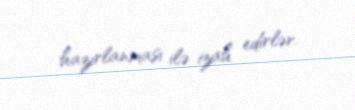
hazırlanması ilə izah edirlər.